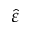
\hat { \varepsilon }